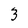
Character: 3